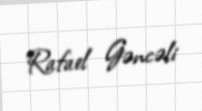
Rafael Gəncəli